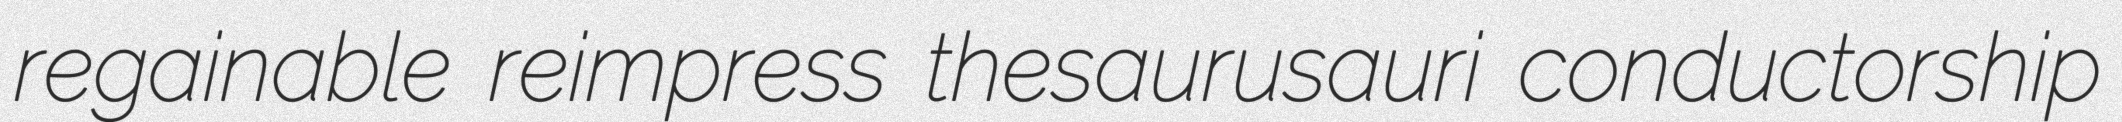
regainable reimpress thesaurusauri conductorship